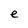
Character: e